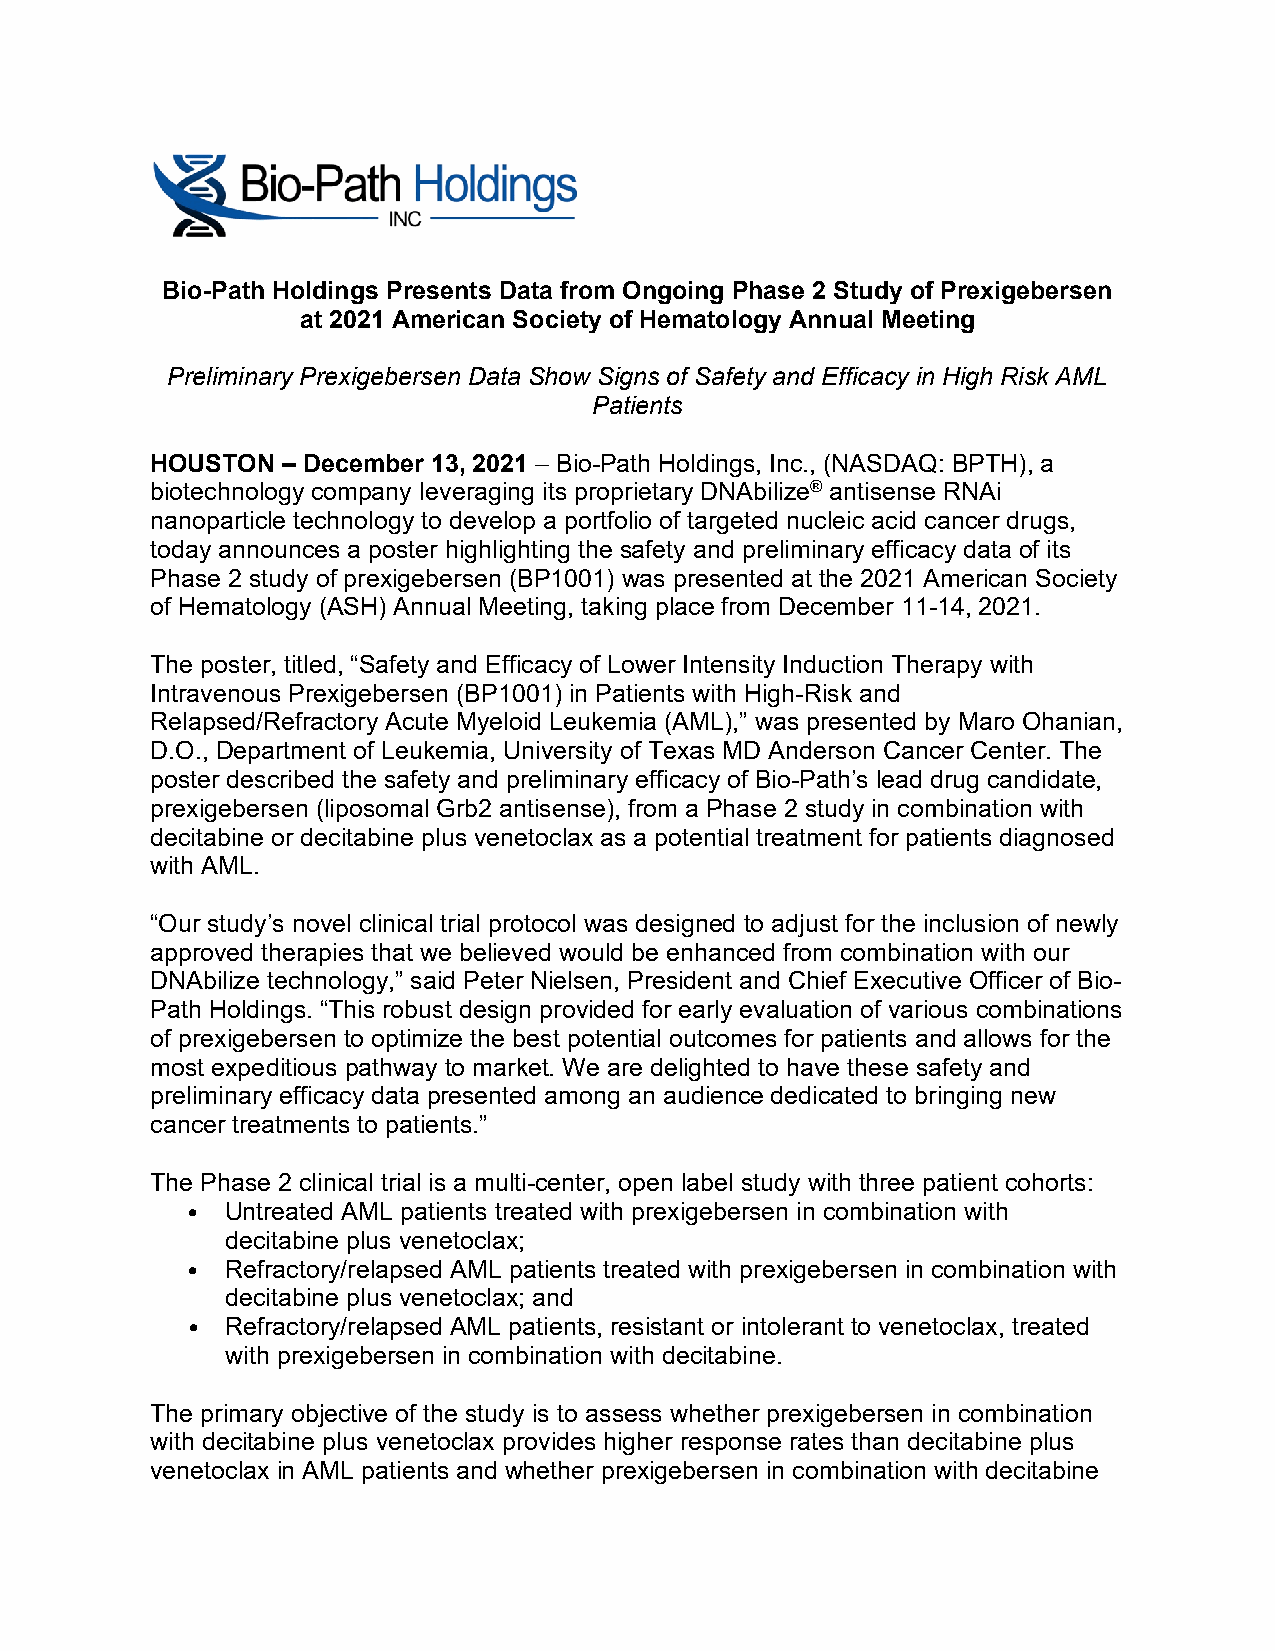
Bio-Path Holdings Presents Data from Ongoing Phase 2 Study of Prexigebersen
 at 2021 American Society of Hematology Annual Meeting
 Preliminary Prexigebersen Data Show Signs of Safety and Efficacy in High Risk AML
 Patients
 HOUSTON  – December 13, 2021 – Bio-Path Holdings, Inc., (NASDAQ: BPTH), a
 biotechnology company leveraging its proprietary DNAbilize® antisense RNAi
 nanoparticle technology to develop a portfolio of targeted nucleic acid cancer drugs,
 today announces a poster highlighting the safety and preliminary efficacy data of its
 Phase 2 study of prexigebersen (BP1001) was presented at the 2021 American Society
 of Hematology (ASH) Annual Meeting, taking place from December 11-14, 2021.
 The poster, titled, “Safety and Efficacy of Lower Intensity Induction Therapy with
 Intravenous Prexigebersen (BP1001) in Patients with High-Risk and
 Relapsed/Refractory Acute Myeloid Leukemia (AML),” was presented by Maro Ohanian,
 D.O., Department of Leukemia, University of Texas MD Anderson Cancer Center. The
 poster described the safety and preliminary efficacy of Bio-Path’s lead drug candidate,
 prexigebersen (liposomal Grb2 antisense), from a Phase 2 study in combination with
 decitabine or decitabine plus venetoclax as a potential treatment for patients diagnosed
 with AML.
 “Our study’s novel clinical trial protocol was designed to adjust for the inclusion of newly
 approved therapies that we believed would be enhanced from combination with our
 DNAbilize technology,” said Peter Nielsen, President and Chief Executive Officer of Bio-
 Path Holdings. “This robust design provided for early evaluation of various combinations
 of prexigebersen to optimize the best potential outcomes for patients and allows for the
 most expeditious pathway to market. We are delighted to have these safety and
 preliminary efficacy data presented among an audience dedicated to bringing new
 cancer treatments to patients.”
 The Phase 2 clinical trial is a multi-center, open label study with three patient cohorts:
 Untreated AML patients treated with prexigebersen in combination with
 decitabine plus venetoclax;
 •  Refractory/relapsed AML patients treated with prexigebersen in combination with
 decitabine plus venetoclax; and
 •  Refractory/relapsed AML patients, resistant or intolerant to venetoclax, treated
 with prexigebersen in combination with decitabine.
 •
 The primary objective of the study is to assess whether prexigebersen in combination
 with decitabine plus venetoclax provides higher response rates than decitabine plus
 venetoclax in AML patients and whether prexigebersen in combination with decitabine